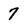
Character: 7